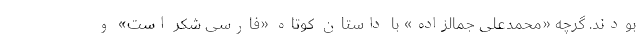
بودند. گرچه «محمدعلی جمالزاده» با داستان کوتاه «فارسی شکر است» و